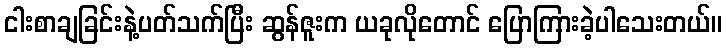
ငါးစာချခြင်းနဲ့ပတ်သက်ပြီး ဆွန်ဇူးက ယခုလိုတောင် ပြောကြားခဲ့ပါသေးတယ်။